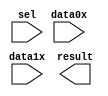
module MUX_ADDR (
	data0x,
	data1x,
	sel,
	result);

	input	[70:0]  data0x;
	input	[70:0]  data1x;
	input	  sel;
	output	[70:0]  result;

endmodule